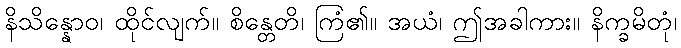
နိသိန္နောဝ၊ ထိုင်လျက်။ စိန္တေတိ၊ ကြံ၏။ အယံ၊ ဤအခါကား။ နိက္ခမိတုံ၊